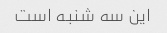
این سه شنبه است